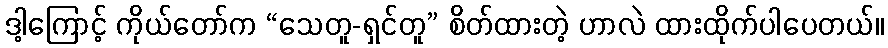
ဒါ့ကြောင့် ကိုယ်တော်က “သေတူ-ရှင်တူ” စိတ်ထားတဲ့ ဟာလဲ ထားထိုက်ပါပေတယ်။